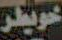
خويطر